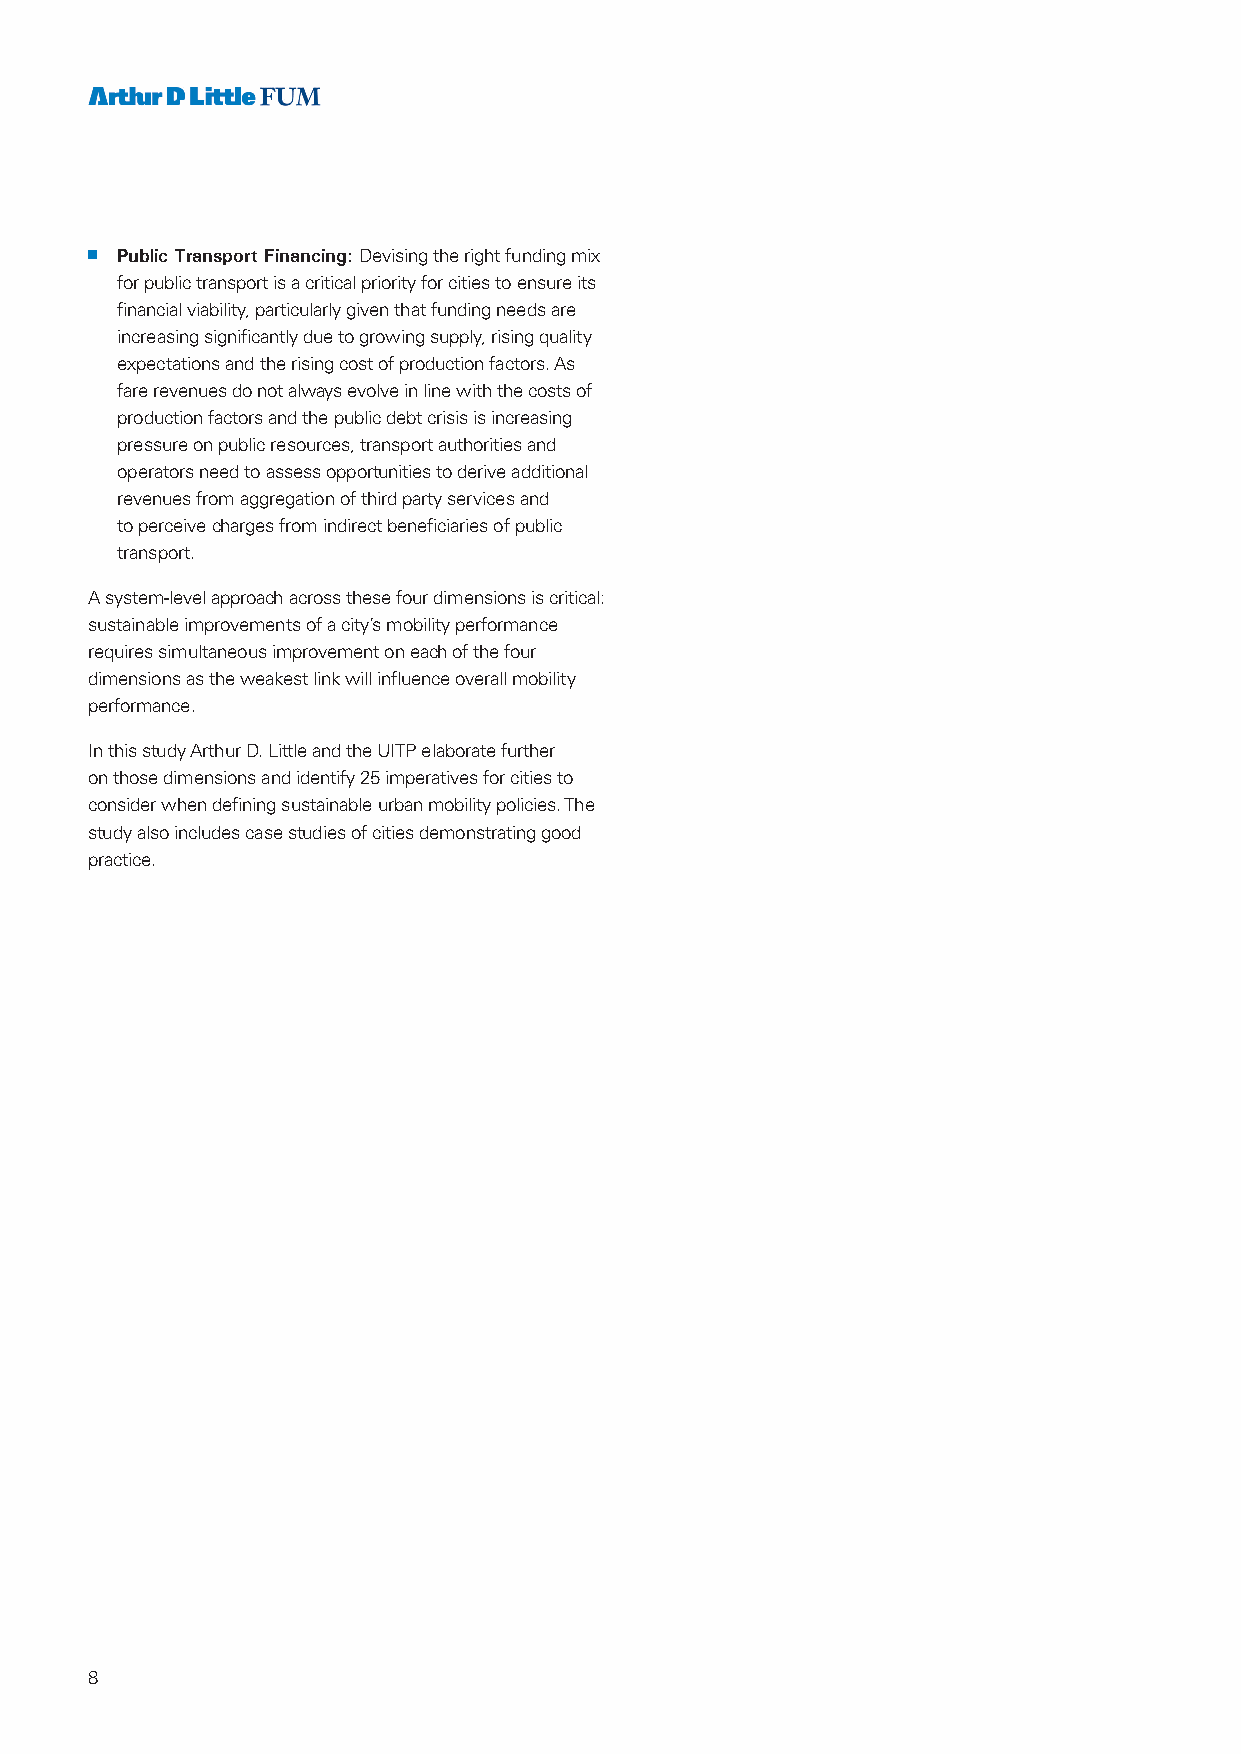
n Public Transport Financing: Devising the right funding mix
 for public transport is a critical priority for cities to ensure its
 financial viability, particularly given that funding needs are
 increasing significantly due to growing supply, rising quality
 expectations and the rising cost of production factors. As
 fare revenues do not always evolve in line with the costs of
 production factors and the public debt crisis is increasing
 pressure on public resources, transport authorities and
 operators need to assess opportunities to derive additional
 revenues from aggregation of third party services and
 to perceive charges from indirect beneficiaries of public
 transport.
 A system-level approach across these four dimensions is critical:
 sustainable improvements of a city’s mobility performance
 requires simultaneous improvement on each of the four
 dimensions as the weakest link will influence overall mobility
 performance.
 In this study Arthur D. Little and the UITP elaborate further
 on those dimensions and identify 25 imperatives for cities to
 consider when defining sustainable urban mobility policies. The
 study also includes case studies of cities demonstrating good
 practice.
 8